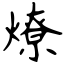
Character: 燎